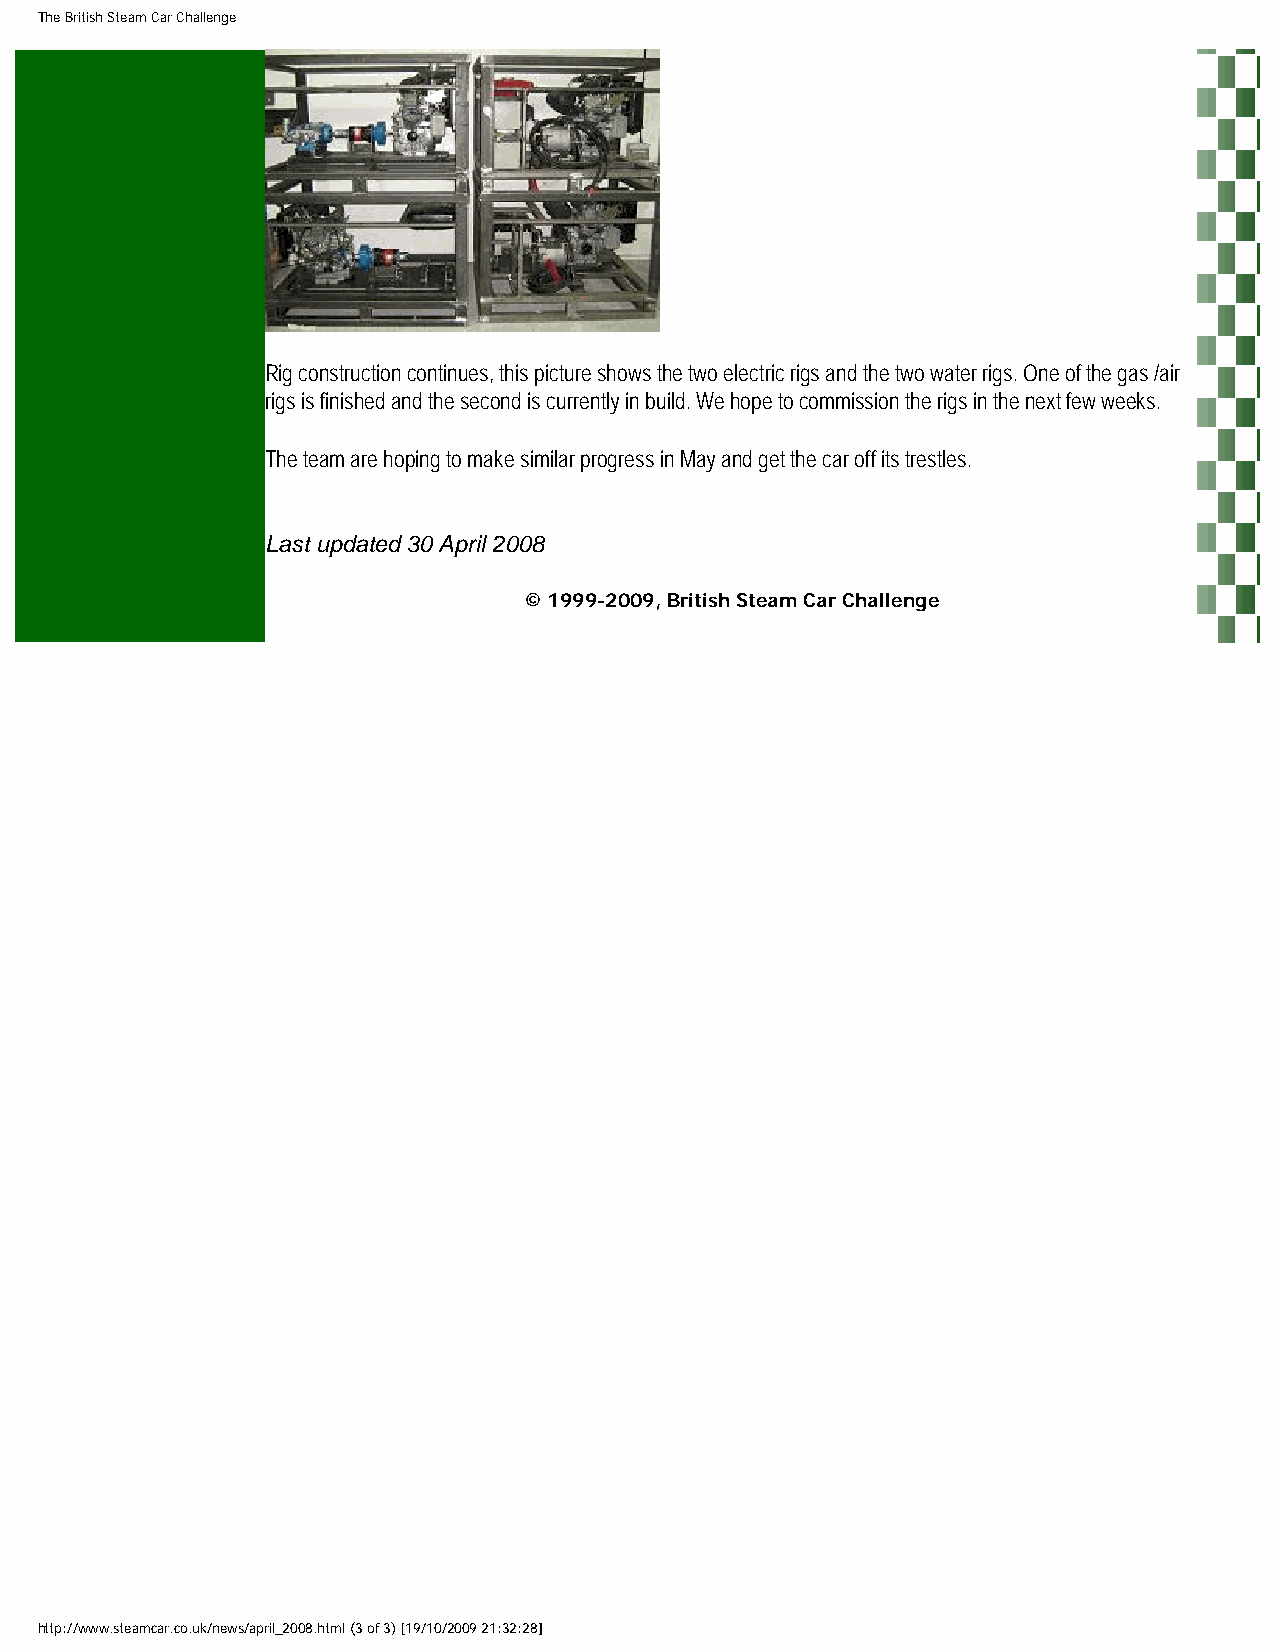
The British Steam Car Challenge
 Rig construction continues, this picture shows the two electric rigs and the two water rigs. One of the gas /air
 rigs is finished and the second is currently in build. We hope to commission the rigs in the next few weeks.
 The team are hoping to make similar progress in May and get the car off its trestles.
 Last updated 30 April 2008
 © 1999-2009, British Steam Car Challenge
 http://www.steamcar.co.uk/news/april_2008.html (3 of 3) [19/10/2009 21:32:28]